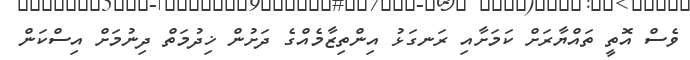
ވެސް އޮތީ ތައްޔާރަށް ކަމަށާއި ރަނގަޅު އިންތިޒާމެއްގެ ދަށުން ޚިދުމަތް ދިނުމަށް އިސްކަން